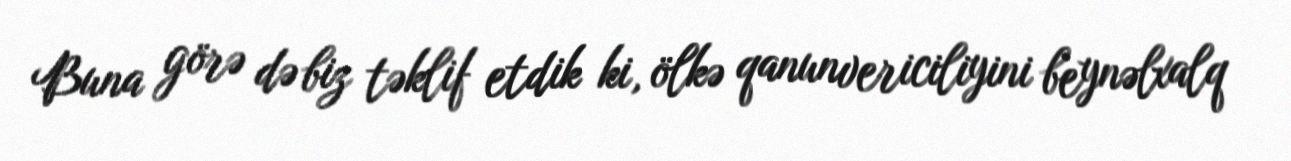
Buna görə də biz təklif etdik ki, ölkə qanunvericiliyini beynəlxalq